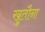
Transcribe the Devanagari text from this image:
खुतौना